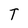
Character: T